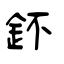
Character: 鈈